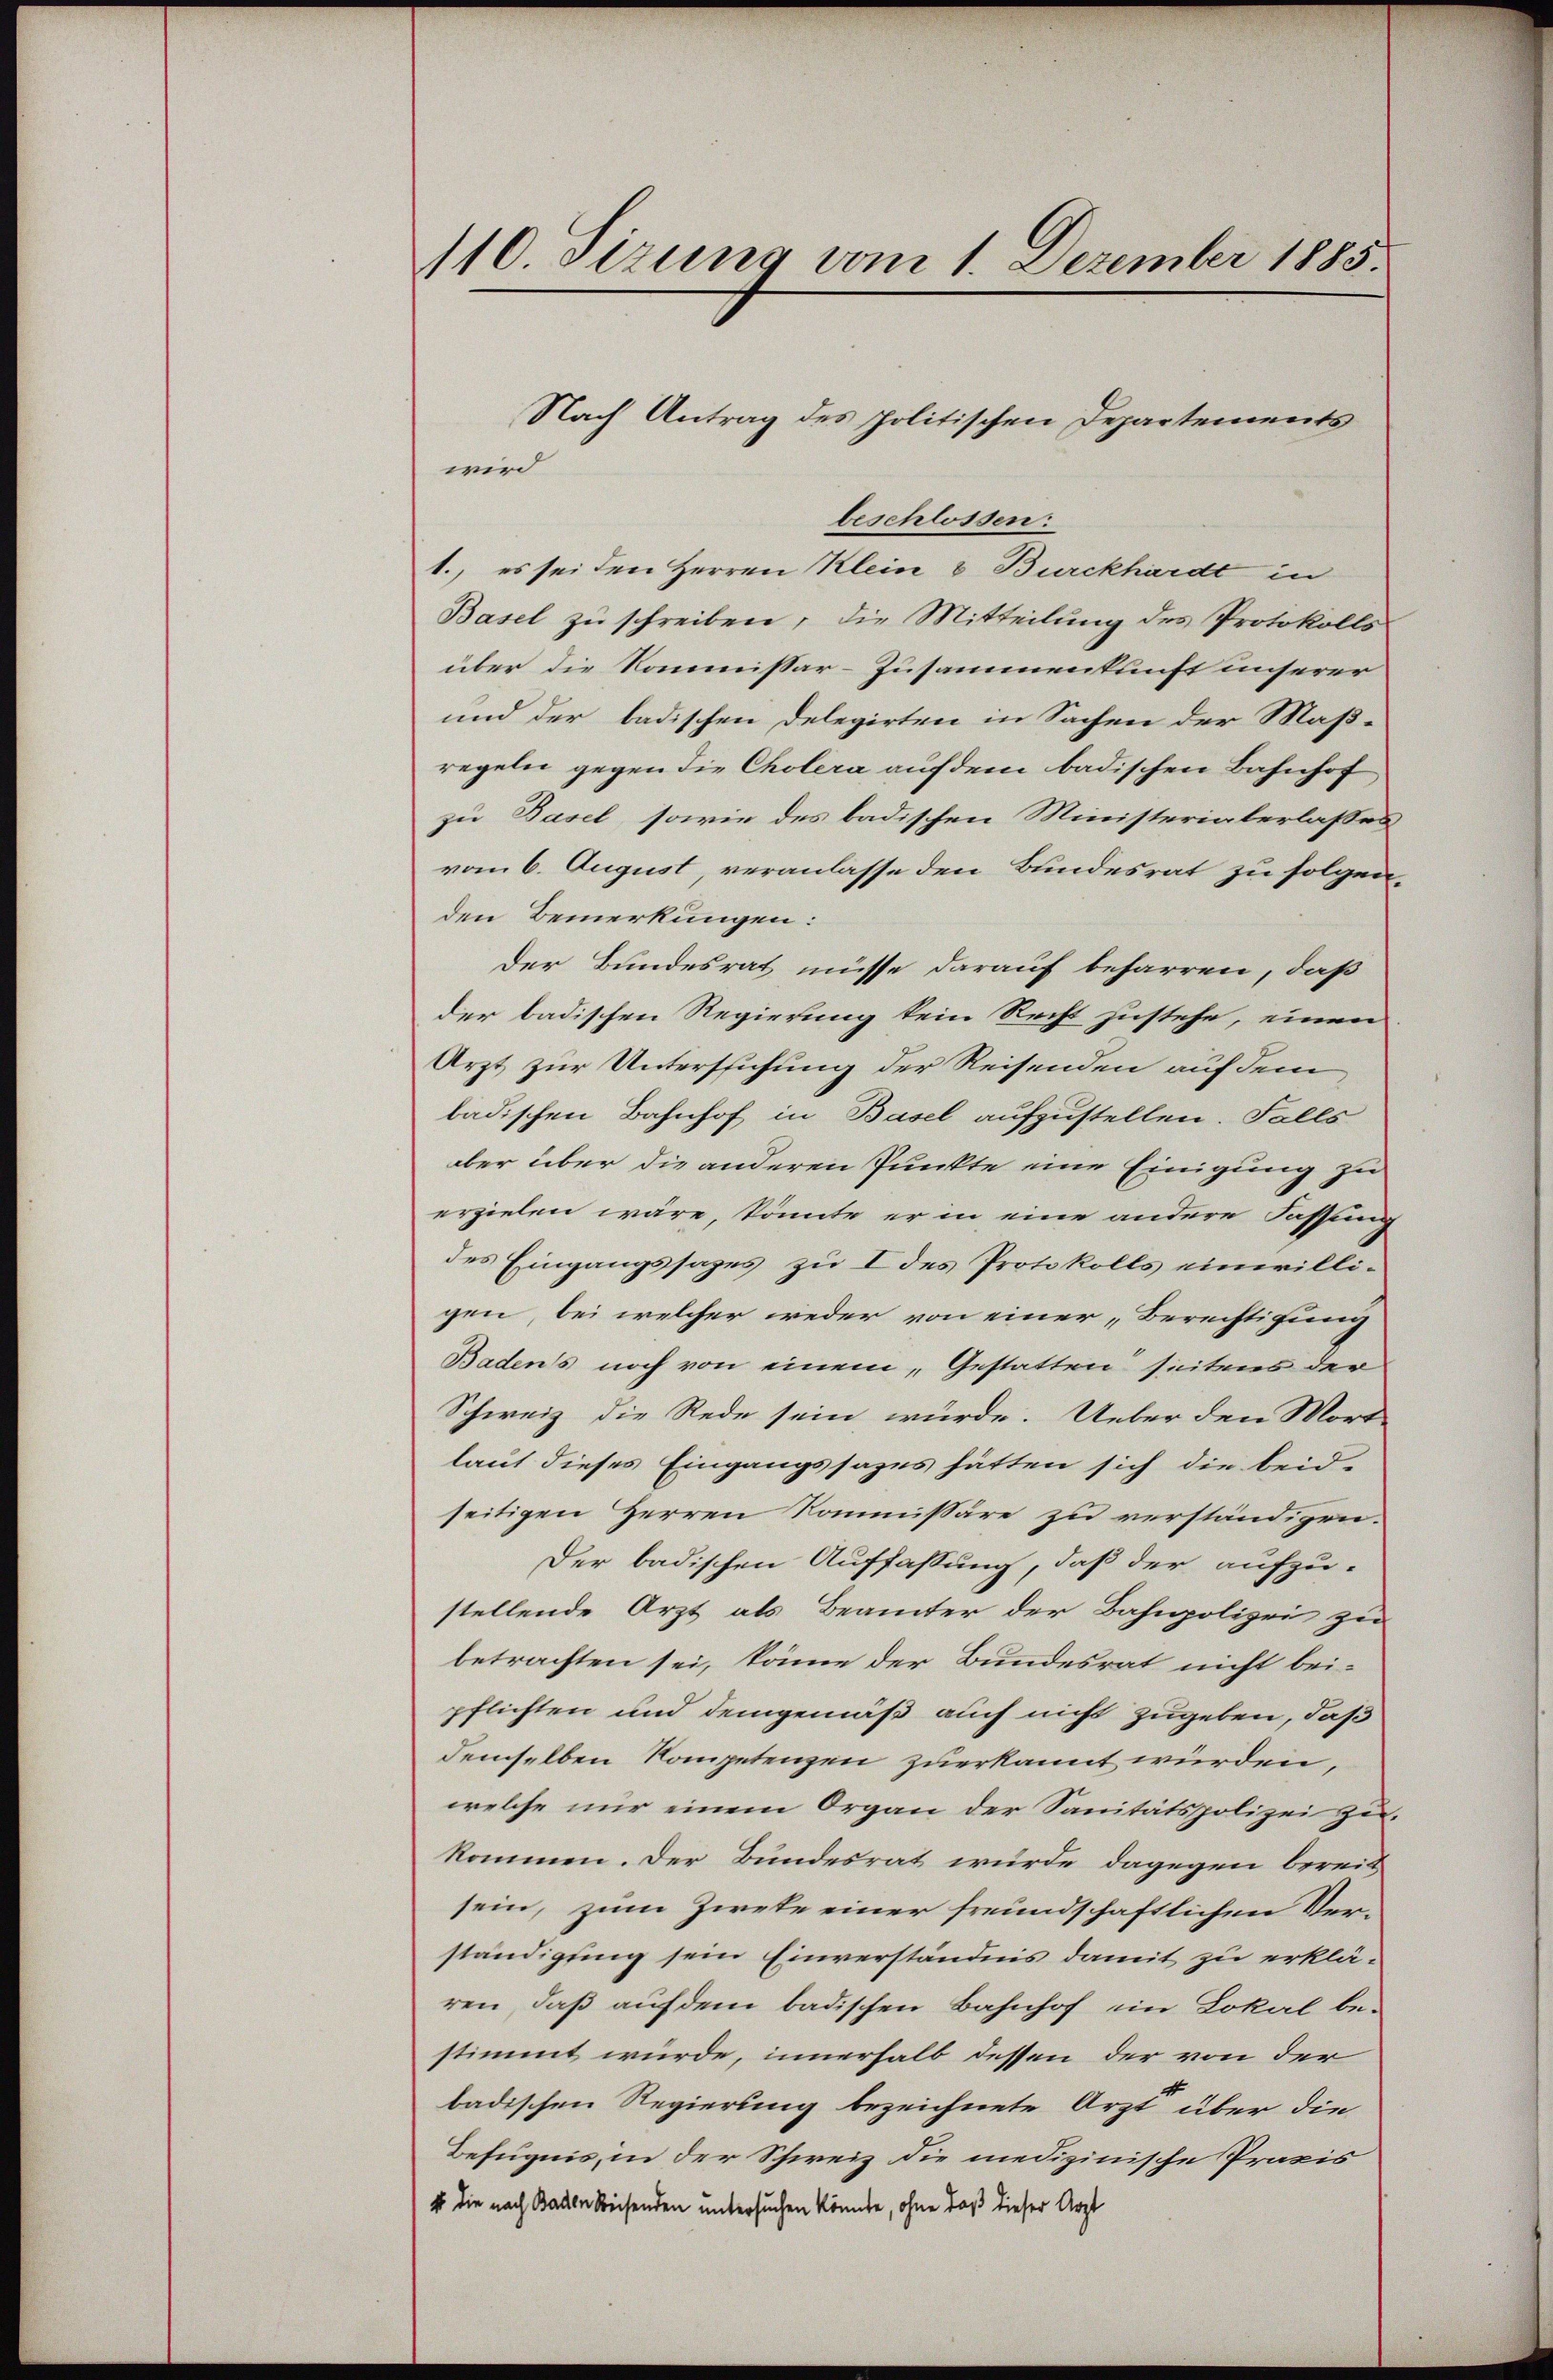
110 Sizung vom 1. Dezember 1885.

beschlossen:
1., es sei den Herren Klein & Burckhardt in
Basel zu schreiben, die Mitteilung des Protokolls
über die Kommissar-Zusammenkunft unserer
und der badischen Delegirten in Sachen der Maß-
regeln gegen die Cholera auf dem badischen Bahnhof
zu Basel, sowie des badischen Ministerialerlasses
vom 6. August, veranlasse den Bundesrat zu folgen.
den Bemerkungen:
Der Bundesrat müsse darauf beharren, daß
der badischen Regierung kein Recht zustehe, einen
Arzt zur Untersuchung der Reisenden auf dem
badischen Bahnhof in Basel aufzustellen. Falls
aber über die anderen Punkte eine Einigung zu
erzielen wäre, könnte er in eine andere Fassung
des Eingangssages zu I des Protokolls einwilligen, bei welcher weder von einer Berechtigung
Badens noch von einem „Gestatten seitens der
Schweiz die Rede sein würde. Ueber den Mort
laut dieses Eingangssages hätten sich die beid-
seitigen Herren Kommissäre zu verständigen.
Der badischen Auffassung, daß der aufzu-
stellende Arzt als Beamter der Bahnpolizei zu
betrachten sei, könne der Bundesrat nicht beipflichten und demgemäß auch nicht zugeben, daß
demselben Kompetenzen zuerkannt würden,
welche nur einem Organ der Sanitätspolizei zukommen. Der Bundesrat wurde, dagegen bereit
sein, zum Zwete einer freundschaftlichen Ver-
ständigung sein Einverständnis damit zu erklären, daß auf dem badischen Bahnhof ein Lokal bestimmt würde, innerhalb dessen der von der
badischen Regierung bezeichnete Arzt über die
Befugnis, in der Schweiz die medizinische Praxis
Es die nach Baden Kreisenden untersuchen könnte, ohne daß dieser Arzt

Nach Antrag des politischen Departements
wird